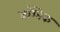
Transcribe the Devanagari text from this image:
डॉम्बेक